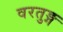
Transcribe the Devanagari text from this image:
वरतुङ्ग